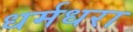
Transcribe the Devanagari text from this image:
धर्मधरा